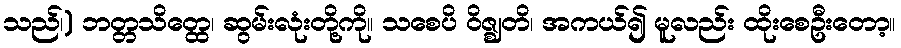
သည်၊) ဘတ္တသိတ္ထေ၊ ဆွမ်းလုံးတို့ကို။ သစေပိ ဝိဇ္ဈတိ၊ အကယ်၍ မူလည်း ထိုးစေဦးတော့။